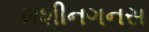
મશીનગનસ